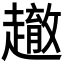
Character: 𲃓